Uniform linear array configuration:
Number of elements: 64
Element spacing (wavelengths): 0.75
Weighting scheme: cosine
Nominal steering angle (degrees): -15
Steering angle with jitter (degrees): -14.537
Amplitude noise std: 0.05
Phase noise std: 0.05

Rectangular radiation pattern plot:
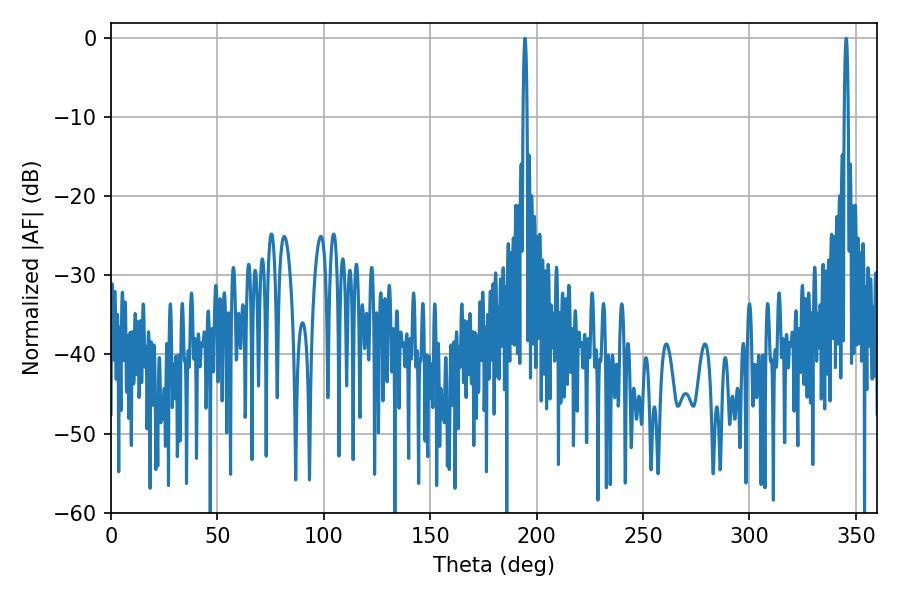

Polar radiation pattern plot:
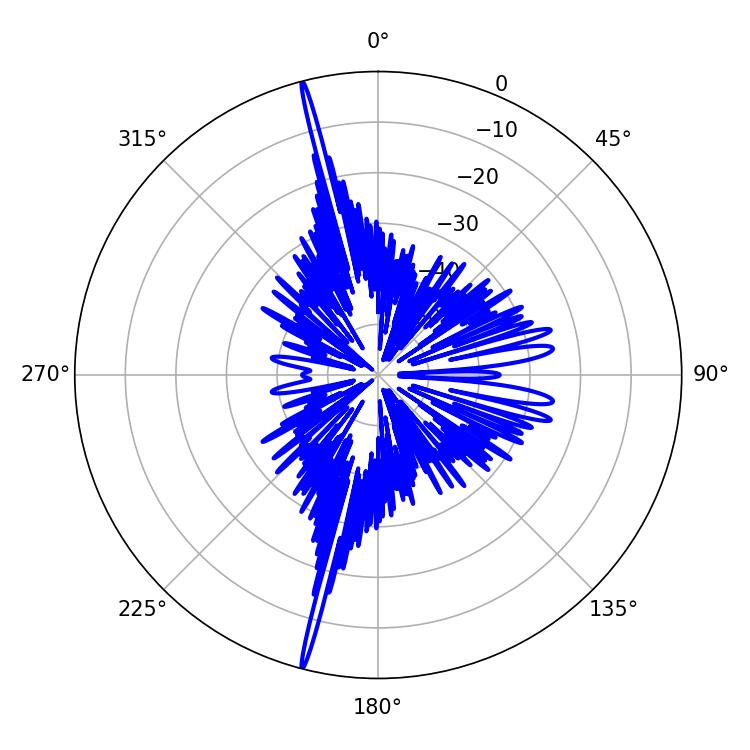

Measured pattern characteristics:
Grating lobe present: TRUE
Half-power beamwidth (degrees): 0.9
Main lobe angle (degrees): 345.42